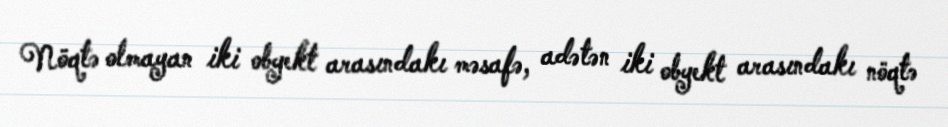
Nöqtə olmayan iki obyekt arasındakı məsafə, adətən iki obyekt arasındakı nöqtə